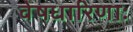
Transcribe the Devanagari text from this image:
वेषधारिणाः